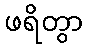
ဖရိတွာ